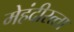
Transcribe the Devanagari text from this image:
मेहंदीरत्‍ता